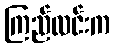
ကြည်လင်းက